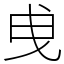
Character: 曵